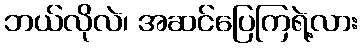
ဘယ်လိုလဲ၊ အဆင်ပြေကြရဲ့လား